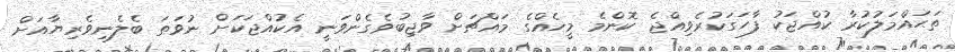
ތަޙައްމަލުކުރާ ކުއްޖަކު ފާހަގަކުރެވިއްޖެ ކޮންމެ މީހެއްގެ މައްޗަށް ވާޖިބުވެގެންވަނީ އެކުއްޖަކަށް ނުވަތަ ބެލެނިވެރިޔާއަށް